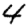
Digit: 4